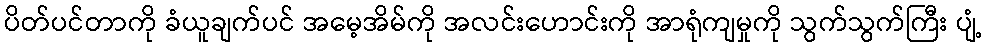
ပိတ်ပင်တာကို ခံယူချက်ပင် အမေ့အိမ်ကို အလင်းဟောင်းကို အာရုံကျမှုကို သွက်သွက်ကြီး ပျံ့